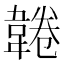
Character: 𩎸